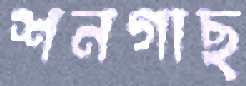
শনগাছ